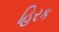
હિરક